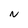
Character: N